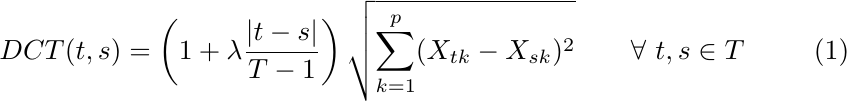
\begin{equation} \label{eqn:eq1}
\displaystyle DCT(t,s) =\left( 1+\lambda \frac{|t-s|}{T-1}\right)\sqrt{\sum\limits _{k=1}^{p}( X_{tk} -X_{sk})^{2}}  \ \ \ \ \ \ \forall \ t,s \in T
\end{equation}